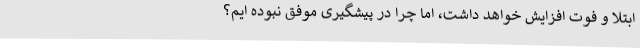
ابتلا و فوت افزایش خواهد داشت، اما چرا در پیشگیری موفق نبوده ایم؟